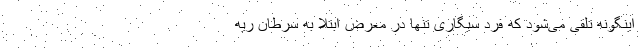
اینگونه تلقی می‌شود که فرد سیگاری تنها در معرض ابتلا به سرطان ریه